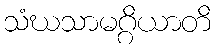
သံဃသာမဂ္ဂိယာတိ